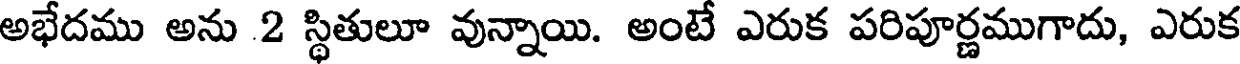
అభేదము అను 2 స్థితులూ వున్నాయి. అంటే ఎరుక పరిపూర్ణముగాదు, ఎరుక